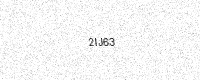
Text: 2IJ63